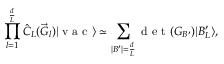
\prod _ { l = 1 } ^ { \frac { d } { L } } \hat { C } _ { L } ( \vec { G } _ { l } ) | \textrm { v a c } \rangle \simeq \sum _ { | B ^ { \prime } | = \frac { d } { L } } \textrm { d e t } ( G _ { B ^ { \prime } } ) | B _ { L } ^ { \prime } \rangle ,